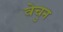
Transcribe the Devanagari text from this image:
वेचुन